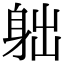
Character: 䠳